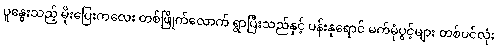
ပူနွေးသည့် မိုးပြေးကလေး တစ်ဖြိုက်လောက် ရွာပြီးသည်နှင့် ပန်းနုရောင် မက်မုံပွင့်များ တစ်ပင်လုံး